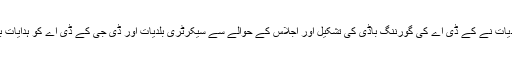
وزیر بلدیات نے کے ڈی اے کی گورننگ باڈی کی تشکیل اور اجلاس کے حوالے سے سیکرٹری بلدیات اور ڈی جی کے ڈی اے کو ہدایات بھی دیں۔